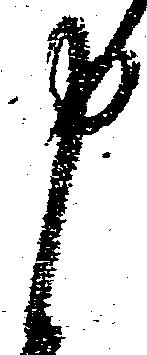
申